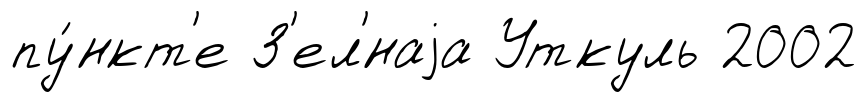
пу́нкт'е З'ел'́наjа Уткуль 2002